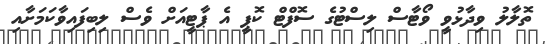
ތޮލާލު ވިދާޅުވީ ވޯޓާސް ލިސްޓުގެ ސޮފްޓް ކޮޕީ އެ ޕާޓީއަށް ވެސް ލިބިފައިވާކަމަށާއި